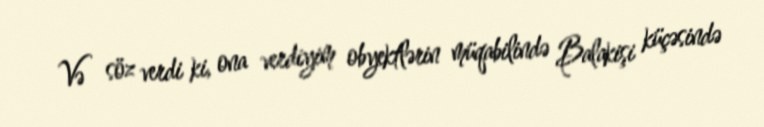
Və söz verdi ki, ona verdiyim obyektlərin müqabilində Balakişi küçəsində